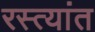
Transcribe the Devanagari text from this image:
रस्त्यांत